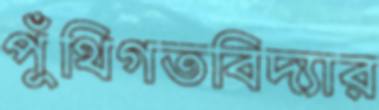
পুঁথিগতবিদ্যার